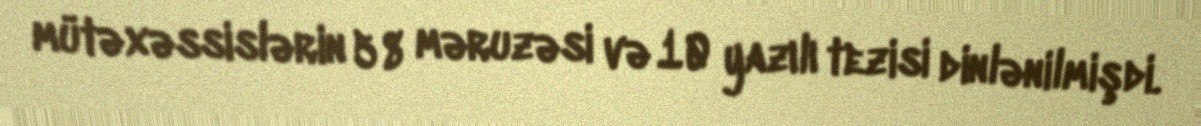
mütəxəssislərin 58 məruzəsi və 10 yazılı tezisi dinlənilmişdi.